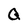
Character: Q